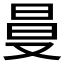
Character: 𠭒